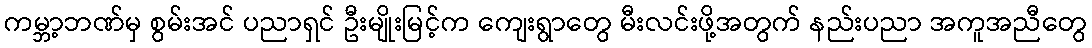
ကမ္ဘာ့ဘဏ်မှ စွမ်းအင် ပညာရှင် ဦးမျိုးမြင့်က ကျေးရွာတွေ မီးလင်းဖို့အတွက် နည်းပညာ အကူအညီတွေ